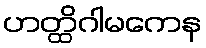
ဟတ္ထိဂါမကေန